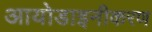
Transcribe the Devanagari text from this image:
आयोडाइनीकरण